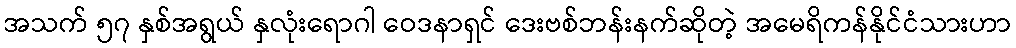
အသက် ၅၇ နှစ်အရွယ် နှလုံးရောဂါ ဝေဒနာရှင် ဒေးဗစ်ဘန်းနက်ဆိုတဲ့ အမေရိကန်နိုင်ငံသားဟာ